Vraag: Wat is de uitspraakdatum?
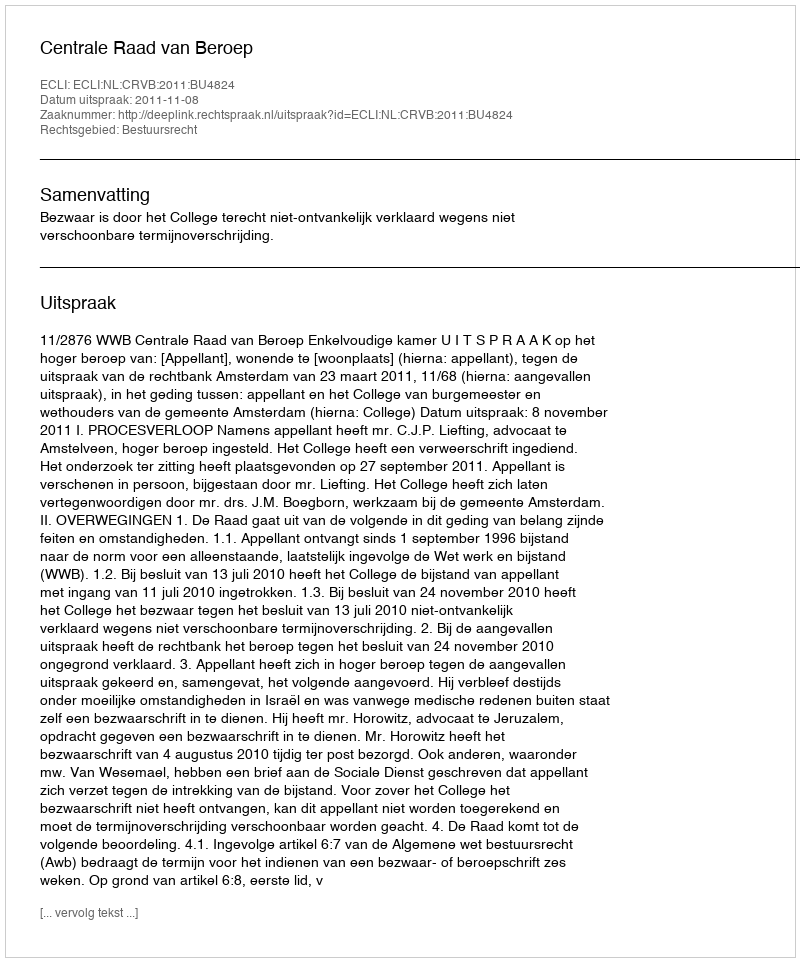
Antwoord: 2011-11-08